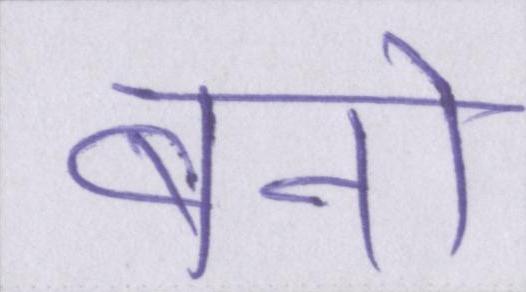
बनो